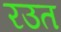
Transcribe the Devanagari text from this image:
रउत